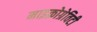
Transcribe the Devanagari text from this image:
माइक्रोग्रेविटी